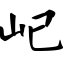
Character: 屺